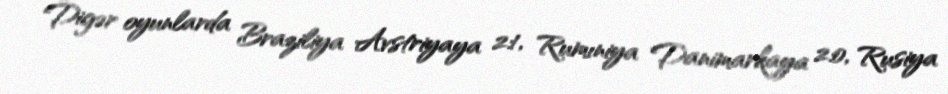
Digər oyunlarda Braziliya Avstriyaya 2:1, Rumıniya Danimarkaya 2:0, Rusiya